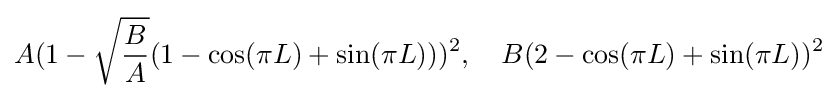
A(1-{\sqrt {\frac {B}{A}}}(1-\cos(\pi L)+\sin(\pi L)))^{2},\quad B(2-\cos(\pi L)+\sin(\pi L))^{2}